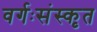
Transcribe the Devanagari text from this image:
वर्गःसंस्कृत